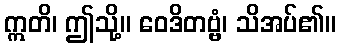
ဣတိ၊ ဤသို့။ ဝေဒိတဗ္ဗံ၊ သိအပ်၏။